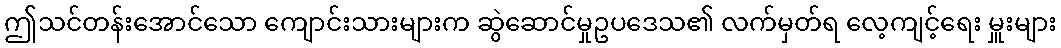
ဤသင်တန်းအောင်သော ကျောင်းသားများက ဆွဲဆောင်မှုဥပဒေသ၏ လက်မှတ်ရ လေ့ကျင့်ရေး မှူးများ